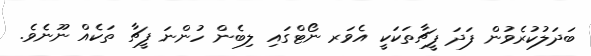
ބަދަލުކުރެވުން ފަދަ ފީޗާތަކަކީ އެވަރ ނޯޓްގައި ލިބެން ހުންނަ ފީޗާ ތަކެއް ނޫނެވެ.